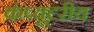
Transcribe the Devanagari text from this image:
कंप्यूटरीय